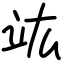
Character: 竑